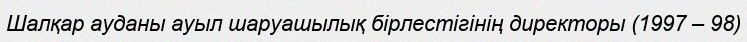
Шалқар ауданы ауыл шаруашылық бірлестігінің директоры (1997 – 98)